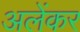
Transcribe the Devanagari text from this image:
अलेंकर